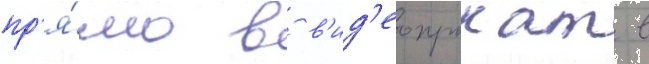
пр'я́мо в в'ид'еопрокат в